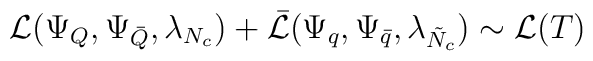
{\cal L}(\Psi_{Q}, \Psi_{\bar{Q}}, \lambda_{N_{c}}) + \bar{{\cal L}}(\Psi_{q}, \Psi_{\bar{q}}, \lambda_{\tilde{N}_{c}}) \sim {\cal L}(T)